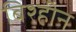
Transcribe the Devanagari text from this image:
बिश्हीन